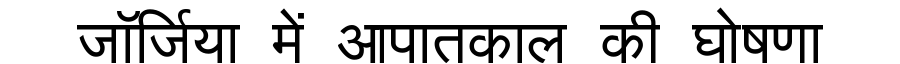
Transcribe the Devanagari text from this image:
जॉर्जिया में आपातकाल की घोषणा